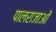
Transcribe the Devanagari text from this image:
पालराजाओं